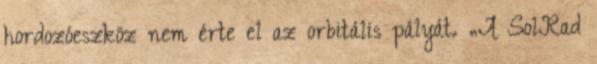
hordozóeszköz nem érte el az orbitális pályát. „A SolRad